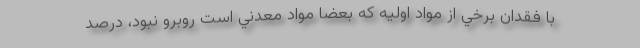
با فقدان برخي از مواد اوليه كه بعضا مواد معدني است روبرو نبود، درصد